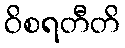
ဝိစရတီတိ